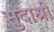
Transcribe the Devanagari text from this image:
सुदाश्री